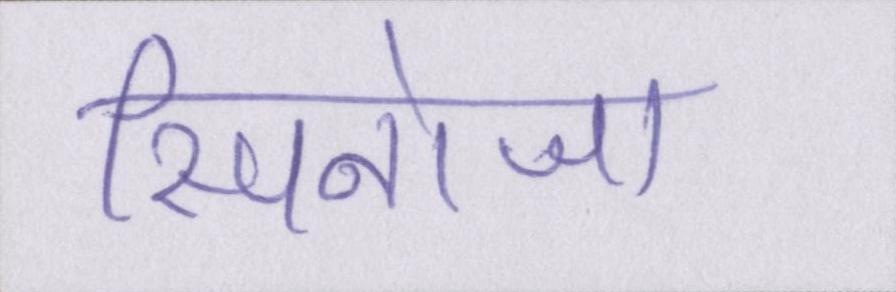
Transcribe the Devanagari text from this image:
स्पिनोजा